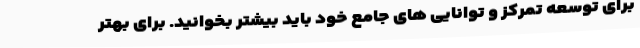
برای توسعه تمرکز و توانایی های جامع خود باید بیشتر بخوانید. برای بهتر